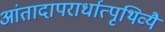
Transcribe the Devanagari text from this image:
आंतादापरार्धात्पृथिव्यै